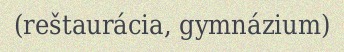
(reštaurácia, gymnázium)